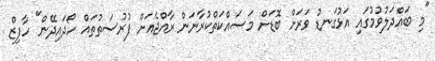
"މި ބައްދަލުވުމުގައި އަޅުގަނޑު ވަރަށް ބޮޑަށް މަސައްކަތްކުރާނަން ރާއްޖެއަށް ފުރުސަތުތައް ހޯދައިދޭން" ހާފިޒް